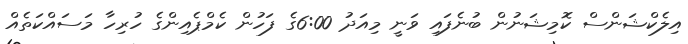
އިލެކްޝަންސް ކޮމިޝަނުން ބުނެފައި ވަނީ މިއަދު 6:00ގެ ފަހުން ކެމްޕެއިންގެ ހުރިހާ މަސައްކަތެއް